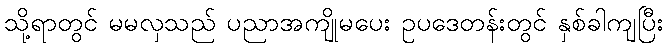
သို့ရာတွင် မမလှသည် ပညာအကျိုမပေး ဥပဒေတန်းတွင် နှစ်ခါကျပြီး